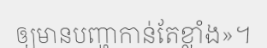
ឲ្យមានបញ្ហាកាន់តែខ្លាំង»។